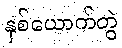
နှစ်ယောက်တွဲ